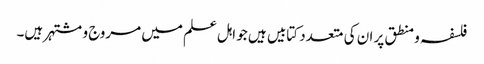
فلسفہ و منطق پر ان کی متعدد کتابیں ہیں جو اہل علم میں مروج و مشتہر ہیں۔